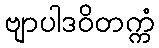
ဗျာပါဒဝိတက္ကံ